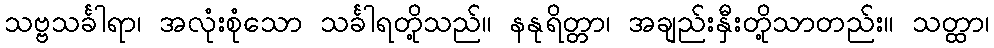
သဗ္ဗသင်္ခါရာ၊ အလုံးစုံသော သင်္ခါရတို့သည်။ နနုရိတ္တာ၊ အချည်းနှီးတို့သာတည်း။ သတ္ထာ၊